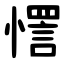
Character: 㦒